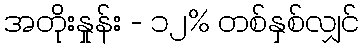
အတိုးနှုန်း - ၁၂% တစ်နှစ်လျှင်